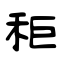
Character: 秬